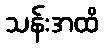
သန်းအထိ